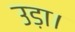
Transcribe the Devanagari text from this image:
उड़ा।